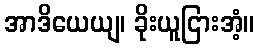
အာဒိယေယျ၊ ခိုးယူငြားအံ့။